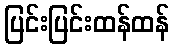
ပြင်းပြင်းထန်ထန်